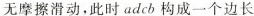
无摩擦滑动，此时adcb构成一个边长